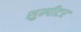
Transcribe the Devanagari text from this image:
शुम्पीटर